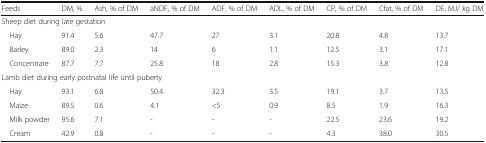
<table><thead><tr><td><b>Feeds</b></td><td><b>DM, %</b></td><td><b>Ash, % of DM</b></td><td><b>aNDF, % of DM</b></td><td><b>ADF, % of DM</b></td><td><b>ADL, % of DM</b></td><td><b>CP, % of DM</b></td><td><b>Cfat, % of DM</b></td><td><b>DE, MJ/ kg DM</b></td></tr></thead><tbody><tr><td colspan="9">Sheep diet during late gestation</td></tr><tr><td> Hay</td><td>91.4</td><td>5.6</td><td>47.7</td><td>27</td><td>3.1</td><td>20.8</td><td>4.8</td><td>13.7</td></tr><tr><td> Barley</td><td>89.0</td><td>2.3</td><td>14</td><td>6</td><td>1.1</td><td>12.5</td><td>3.1</td><td>17.1</td></tr><tr><td> Concentrate</td><td>87.7</td><td>7.7</td><td>25.8</td><td>18</td><td>2.8</td><td>15.3</td><td>3.8</td><td>12.8</td></tr><tr><td colspan="9">Lamb diet during early postnatal life until puberty</td></tr><tr><td> Hay</td><td>93.1</td><td>6.8</td><td>50.4</td><td>32.3</td><td>3.5</td><td>19.1</td><td>3.7</td><td>13.5</td></tr><tr><td> Maize</td><td>89.5</td><td>0.6</td><td>4.1</td><td>&lt;5</td><td>0.9</td><td>8.5</td><td>1.9</td><td>16.3</td></tr><tr><td> Milk powder</td><td>95.6</td><td>7.1</td><td>-</td><td>-</td><td>-</td><td>22.5</td><td>23.6</td><td>19.2</td></tr><tr><td> Cream</td><td>42.9</td><td>0.8</td><td>-</td><td>-</td><td>-</td><td>4.3</td><td>38.0</td><td>30.5</td></tr></tbody></table>